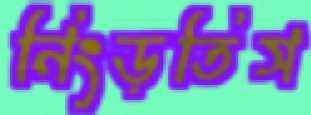
নিংড়তিস